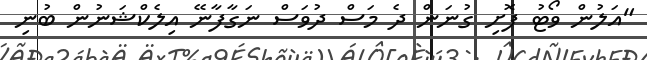
"އަލުން ވޯޓު ފޮށި ގުނަން ދެ މަސް ދުވަސް ނަގާފާނޭ އިލެކްޝަނުން ބުނި